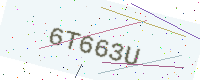
Text: 6T663U